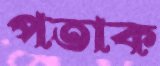
পতাক